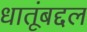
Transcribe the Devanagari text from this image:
धातूंबद्दल